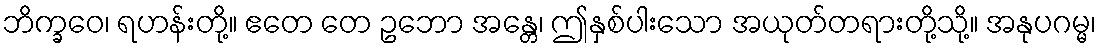
ဘိက္ခဝေ၊ ရဟန်းတို့။ ဧတေ တေ ဥဘော အန္တေ၊ ဤနှစ်ပါးသော အယုတ်တရားတို့သို့။ အနုပဂမ္မ၊